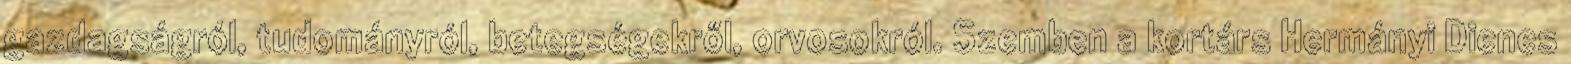
gazdagságról, tudományról, betegségekről, orvosokról. Szemben a kortárs Hermányi Dienes